Report on the lunatic asylums in Bengal - 1862-
Year: 1862
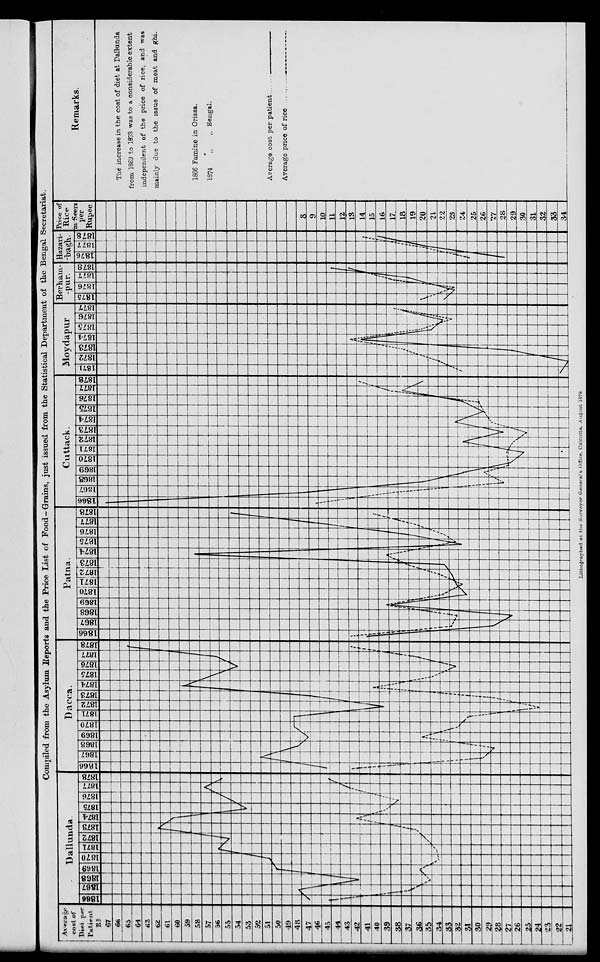
Compiled from the Asylum Reports and the Price List of Food-Grains, just issued from the Statistical Department of the Bengal Secretariat.
Lithographed at the Surveyor General's Office, Calcutta, August 1879.